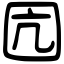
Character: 囥